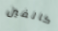
كالفين